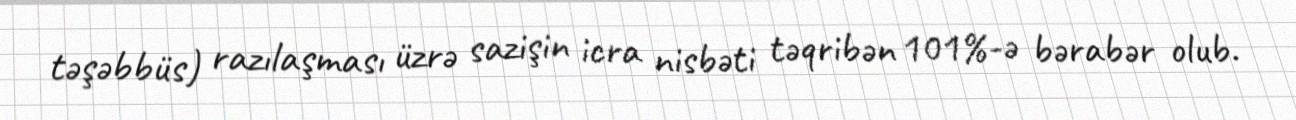
təşəbbüs) razılaşması üzrə sazişin icra nisbəti təqribən 101%-ə bərabər olub.